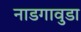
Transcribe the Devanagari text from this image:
नाडगावुडा